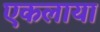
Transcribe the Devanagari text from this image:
एकलाया